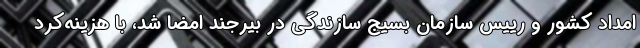
امداد کشور و رییس سازمان بسیج سازندگی در بیرجند امضا شد، با هزینه‌کرد